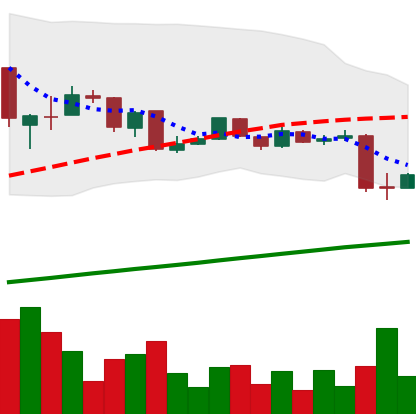
Ticker: LTC-USD
Chart end date: 2015-08-20
Forward return: -18.526%
Label: down_7plus